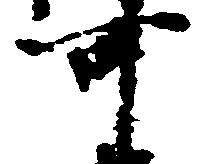
可